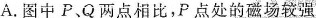
A.图中P、Q两点相比，P点处的磁场较强